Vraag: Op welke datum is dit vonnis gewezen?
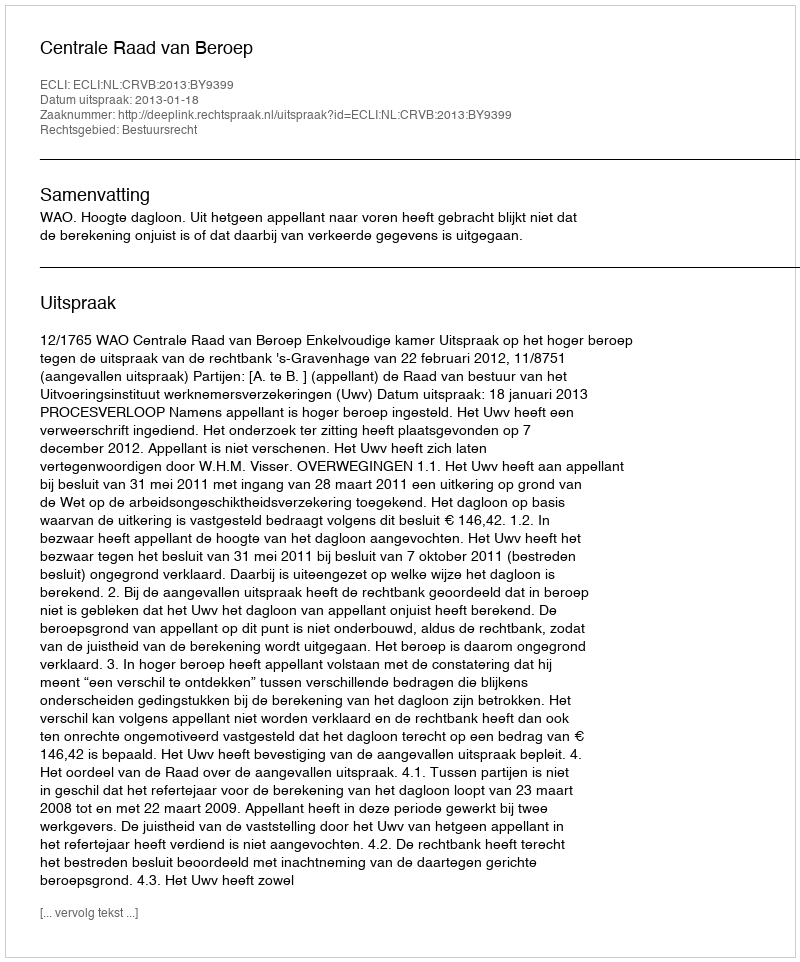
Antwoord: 2013-01-18